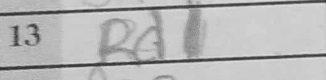
Transcription: Rd1